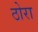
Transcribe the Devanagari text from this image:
ठोरा